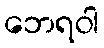
ဘေရဝါ